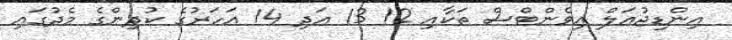
އިންޑިޖުއަލް އިވެންޓްސް ތަކާއި 12 13 އަދި 14 އަހަރުގެ ކުދިންގެ މެދުގައި